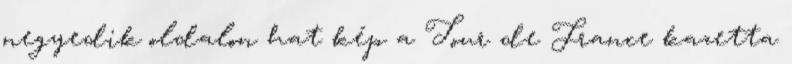
negyedik oldalon hat kép a Tour de France kazetta